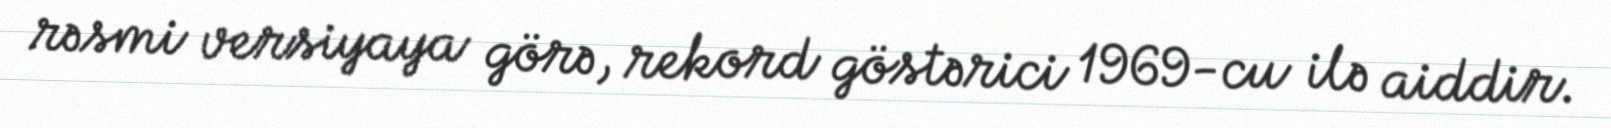
rəsmi versiyaya görə, rekord göstərici 1969-cu ilə aiddir.